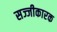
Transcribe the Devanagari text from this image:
सज्जीकारक